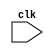
`timescale 1ns / 1ns
module PIPELINE_MIPS32(clk);
input clk; 
reg temp;
reg[31:0] PC,IF_ID_IR,IF_ID_NPC;
reg[31:0] ID_EX_IR,ID_EX_NPC,ID_EX_A,ID_EX_B,ID_EX_Imm;
reg[2:0] ID_EX_type,EX_MEM_type,MEM_WB_type;
reg[31:0] EX_MEM_IR,EX_MEM_ALUOut,EX_MEM_B;
reg EX_MEM_cond;
reg[31:0] MEM_WB_IR,MEM_WB_ALUOut,MEM_WB_LMD;

reg[31:0] NEW_PC,NEW_IF_ID_IR,NEW_IF_ID_NPC;
reg[31:0] NEW_ID_EX_IR,NEW_ID_EX_NPC,NEW_ID_EX_A,NEW_ID_EX_B,NEW_ID_EX_Imm;
reg[2:0] NEW_ID_EX_type,NEW_EX_MEM_type,NEW_MEM_WB_type;
reg[31:0] NEW_EX_MEM_IR,NEW_EX_MEM_ALUOut,NEW_EX_MEM_B;
reg NEW_EX_MEM_cond;
reg[31:0] NEW_MEM_WB_IR,NEW_MEM_WB_ALUOut,NEW_MEM_WB_LMD;
reg[31:0] R0,R1,R2,R3,R4,R5,R6,R7,R8,R9,R10,R11,R12,R13,R14,R15,R16,R17,R18,R19,R20,
          R21,R22,R23,R24,R25,R26,R27,R28,R29,R30,R31;
reg[31:0] Reg [0:31]; // register bank 32x32
reg[31:0] Mem [0:1023]; // 1024x32 memory
reg HALTED;
reg NEW_HALTED;
// Set after HLT instruction is completed (in WB stage)
reg TAKEN_BRANCH;
reg NEW_TAKEN_BRANCH;
// Required to disable instructions after branch

parameter 
ADD=6'b000000, SUB=6'b000001,  AND=6'b000010,  OR=6'b000011, 
SLT=6'b000100, MUL=6'b000101,  HLT=6'b111111,  LW=6'b001000, 
SW=6'b001001,  ADDI=6'b001010, SUBI=6'b001011, SLTI=6'b001100,
LS=6'b010000, RS=6'b010001, 
BNEQZ=6'b001101, BEQZ=6'b001110;

parameter 
RR_ALU=3'b000, RM_ALU=3'b001, LOAD=3'b010, 
STORE=3'b011, BRANCH=3'b100, HALT=3'b101;

always @ (posedge clk)
// IF Stage
if (HALTED == 0)
begin
    if(((EX_MEM_IR[31:26]==BEQZ)&& (EX_MEM_cond == 1)) ||((EX_MEM_IR[31:26]==BNEQZ) && (EX_MEM_cond == 0)))
        begin
        NEW_IF_ID_IR  <= Mem [EX_MEM_ALUOut];
        NEW_TAKEN_BRANCH  <= 1'b1;
        NEW_IF_ID_NPC  <= EX_MEM_ALUOut + 1;
        NEW_PC  <= EX_MEM_ALUOut + 1;
        end
    else
        begin
        NEW_IF_ID_IR  <= Mem [PC];
        NEW_IF_ID_NPC  <= PC + 1;
        NEW_PC  <= PC + 1;
        end
end

always@(posedge clk)
// ID stage
if (HALTED == 0)
begin
    if (IF_ID_IR[25:21]== 5'b00000) 
        NEW_ID_EX_A <= 0;
    else 
        NEW_ID_EX_A  <= Reg [IF_ID_IR[25:21]]; // "IS"
    if (IF_ID_IR [20:16] == 5'b00000)
        NEW_ID_EX_B <= 0;
    else 
        NEW_ID_EX_B  <= Reg[IF_ID_IR[20:16]]; // "xt"
    NEW_ID_EX_NPC  <= IF_ID_NPC;
    NEW_ID_EX_IR  <= IF_ID_IR;
    NEW_ID_EX_Imm  <= {{16{IF_ID_IR [15]}}, {IF_ID_IR [15:0]}};
    case (IF_ID_IR[31:26]) 
        ADD, SUB, AND, OR, SLT, MUL, LS, RS: NEW_ID_EX_type  <= RR_ALU;
        ADDI, SUBI, SLTI: NEW_ID_EX_type  <= RM_ALU;
        LW: NEW_ID_EX_type  <= LOAD;
        SW: NEW_ID_EX_type  <= STORE;
        BNEQZ, BEQZ: NEW_ID_EX_type  <= BRANCH;
        HLT:
        begin
        NEW_ID_EX_type  <= HALT;
        temp <= 1;
        end
        default:NEW_ID_EX_type  <= HALT;
        // Invalid opcode
    endcase
end

always @ (posedge clk)
// EX Stage
if (HALTED == 0)
begin
NEW_EX_MEM_type  <= ID_EX_type;
NEW_EX_MEM_IR  <= ID_EX_IR;
NEW_TAKEN_BRANCH  <= 0;
case (ID_EX_type)
        RR_ALU: begin
                case (ID_EX_IR [31:26]) // "opcode"
                        ADD: NEW_EX_MEM_ALUOut  <= ID_EX_A + ID_EX_B;
                        SUB: NEW_EX_MEM_ALUOut  <= ID_EX_A - ID_EX_B;
                        AND: NEW_EX_MEM_ALUOut  <= ID_EX_A & ID_EX_B;
                        OR: NEW_EX_MEM_ALUOut <= ID_EX_A | ID_EX_B;
                        SLT: NEW_EX_MEM_ALUOut <= ID_EX_A < ID_EX_B;
                        MUL: NEW_EX_MEM_ALUOut <= ID_EX_A * ID_EX_B;
                        LS: NEW_EX_MEM_ALUOut <= ID_EX_A << ID_EX_B;
                        RS: NEW_EX_MEM_ALUOut <= ID_EX_A >> ID_EX_B;
                        default: NEW_EX_MEM_ALUOut  <= 32'hxxxxxxxx;
                endcase
                end

        RM_ALU: begin
                case (ID_EX_IR[31:26]) // "opcode"
                ADDI:NEW_EX_MEM_ALUOut <= ID_EX_A + ID_EX_Imm;
                SUBI:NEW_EX_MEM_ALUOut <= ID_EX_A - ID_EX_Imm;
                SLTI :NEW_EX_MEM_ALUOut <= ID_EX_A < ID_EX_Imm;
                default : NEW_EX_MEM_ALUOut <= 32'hxxxxxxxx;
                endcase
                end
                
        LOAD,STORE: begin
                        NEW_EX_MEM_ALUOut <= ID_EX_A + ID_EX_Imm;
                        NEW_EX_MEM_B <= ID_EX_B;
                end

        BRANCH: begin
                NEW_EX_MEM_ALUOut <= ID_EX_NPC + ID_EX_Imm;
                NEW_EX_MEM_cond <= (ID_EX_A == 0);
                end
endcase
end

always @ (posedge clk)
// MEM stage
if (HALTED == 0)
begin
NEW_MEM_WB_type <= EX_MEM_type;
NEW_MEM_WB_IR <= EX_MEM_IR;
case (EX_MEM_type)
        RR_ALU, RM_ALU:
        NEW_MEM_WB_ALUOut <= EX_MEM_ALUOut;
        LOAD:
        NEW_MEM_WB_LMD <= Mem [EX_MEM_ALUOut];
        STORE: if (TAKEN_BRANCH==0) // Disable write
                Mem [EX_MEM_ALUOut] <= EX_MEM_B;
endcase
end

always @ (posedge clk)
begin
if (TAKEN_BRANCH == 0 ) // Disable write if branch taken
case (MEM_WB_type)
        RR_ALU: Reg [MEM_WB_IR[15:11]] <= MEM_WB_ALUOut; // "Rd"
        RM_ALU: Reg [MEM_WB_IR[20:16]] <= MEM_WB_ALUOut; // "Rt"
        LOAD: Reg [MEM_WB_IR[20:16]] <= MEM_WB_LMD; // "rt"
        HALT: NEW_HALTED <= 1'b1;
endcase
end

always @ (negedge clk)
begin
 R0=Reg[0]; R1=Reg[1]; R2=Reg[2]; R3=Reg[3]; R4=Reg[4]; R5=Reg[5]; R6=Reg[6]; R7=Reg[7]; 
 R8=Reg[8]; R9=Reg[9]; R10=Reg[10]; R11=Reg[11]; R12=Reg[12]; R13=Reg[13]; R14=Reg[14]; 
 R15=Reg[15]; R16=Reg[16]; R17=Reg[17]; R18=Reg[18]; R19=Reg[19]; R20=Reg[20]; R21=Reg[21]; 
 R22=Reg[22]; R23=Reg[23]; R24=Reg[24]; R25=Reg[25]; R26=Reg[26]; R27=Reg[27]; R28=Reg[28];
 R29=Reg[29]; R30=Reg[30]; R31=Reg[31];
PC <= NEW_PC;
IF_ID_IR <= NEW_IF_ID_IR;
IF_ID_NPC <= NEW_IF_ID_NPC;
ID_EX_IR <= NEW_ID_EX_IR;
ID_EX_NPC <= NEW_ID_EX_NPC;
ID_EX_A <= NEW_ID_EX_A;
ID_EX_B <= NEW_ID_EX_B;
ID_EX_Imm <= NEW_ID_EX_Imm;
ID_EX_type <= NEW_ID_EX_type;
EX_MEM_type <= NEW_EX_MEM_type;
MEM_WB_type <= NEW_MEM_WB_type;
EX_MEM_IR <= NEW_EX_MEM_IR;
EX_MEM_ALUOut <= NEW_EX_MEM_ALUOut;
EX_MEM_B <= NEW_EX_MEM_B;
EX_MEM_cond <= NEW_EX_MEM_cond;
MEM_WB_IR <= NEW_MEM_WB_IR;
MEM_WB_ALUOut <= NEW_MEM_WB_ALUOut;
MEM_WB_LMD <= NEW_MEM_WB_LMD;
HALTED <= NEW_HALTED;
TAKEN_BRANCH <= NEW_TAKEN_BRANCH;
if(temp==1)
   begin
   HALTED<=1;
   end
if(HALTED==1 && temp==0) HALTED<=0;
end
endmodule